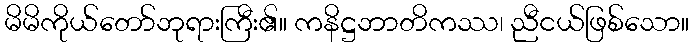
မိမိကိုယ်တော်ဘုရားကြီး၏။ ကနိဋ္ဌဘာတိကဿ၊ ညီငယ်ဖြစ်သော။